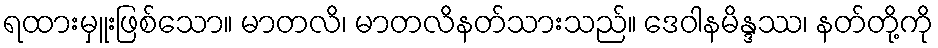
ရထားမှူးဖြစ်သော။ မာတလိ၊ မာတလိနတ်သားသည်။ ဒေဝါနမိန္ဒဿ၊ နတ်တို့ကို